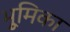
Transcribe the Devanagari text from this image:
भूुमिका